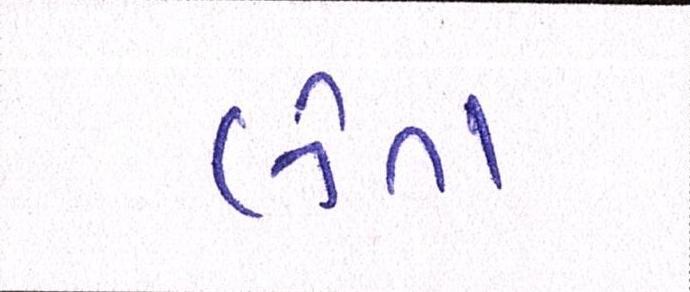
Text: લેતા